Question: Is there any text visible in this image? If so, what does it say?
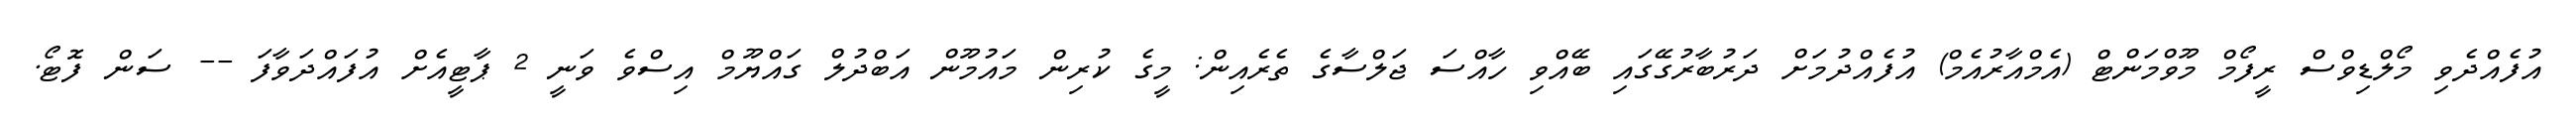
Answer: އުފެއްދެވި މޯލްޑިވްސް ރީފޯމް މޫވްމަންޓް (އެމްއާރުއެމް) އުފެއްދުމަށް ދަރުބާރުގޭގައި ބޭއްވި ހާއްސަ ޖަލްސާގެ ތެރެއިން: މީގެ ކުރިން މައުމޫން އަބްދުލް ގައްޔޫމް އިސްވެ ވަނީ 2 ޕާޓީއެށް އުފައްދަވާފަ -- ސަން ފޮޓޯ.